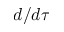
d / d \tau